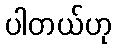
ပါတယ်ဟု